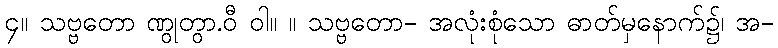
၄။ သဗ္ဗတော ဏွုတွာ.ဝီ ဝါ။ ။ သဗ္ဗတော- အလုံးစုံသော ဓာတ်မှနောက်၌၊ အ-